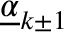
\underline { { \alpha } } _ { k \pm 1 }